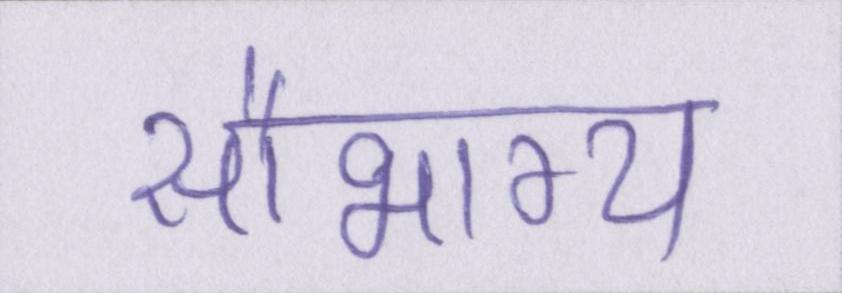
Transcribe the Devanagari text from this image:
सौभाग्य